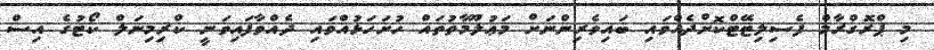
މި ޕްރޮގްރާމް ފެސިލިޓޭޓްކޮށްދެއްވައި ބައިވެރިންނަށް މަޢުލޫމާތުތައް ހުށަހަޅުއްވައި ދެއްވާފައިވަނީ ކްރިމިނަލް ކޯޓުގެ އިސް